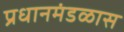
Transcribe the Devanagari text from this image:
प्रधानमंडळास